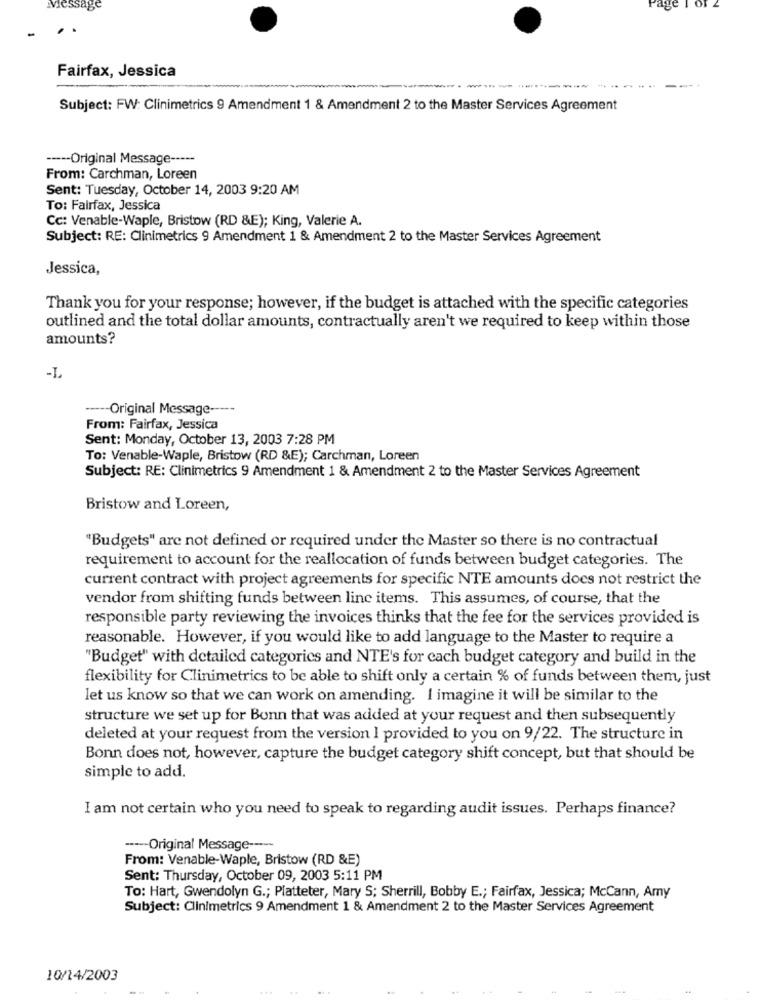
Message
Fairfax, Jessica
----
Subject: FW: Clinimetrics 9 Amendment 1 & Amendment 2 to the Master Services Agreement
----- Original Message -----
From: Carchman, Loreen
Sent: Tuesday, October 14, 2003 9:20 AM
To: Fairfax, Jessica
Cc: Venable-Waple, Bristow (RD &E); King, Valerie A.
Subject: RE: Clinimetrics 9 Amendment 1 & Amendment 2 to the Master Services Agreement
Jessica,
Thank you for your response; however, if the budget is attached with the specific categories
outlined and the total dollar amounts, contractually aren't we required to keep within those
amounts?
-L
----- Original Message -----
From: Fairfax, Jessica
Sent: Monday, October 13, 2003 7:28 PM
To: Venable-Waple, Bristow (RD &E); Carchman, Loreen
Subject: RE: Clinimetrics 9 Amendment 1 & Amendment 2 to the Master Services Agreement
Bristow and Loreen,
"Budgets" are not defined or required under the Master so there is no contractual
requirement to account for the reallocation of funds between budget categories. The
current contract with project agreements for specific NTE amounts does not restrict the
vendor from shifting funds between line items. This assumes, of course, that the
responsible party reviewing the invoices thinks that the fee for the services provided is
reasonable. However, if you would like to add language to the Master to require a
'Budget" with detailed categories and NTE's for each budget category and build in the
flexibility for Clinimetrics to be able to shift only a certain % of funds between them, just
let us know so that we can work on amending. I imagine it will be similar to the
structure we set up for Bonn that was added at your request and then subsequently
deleted at your request from the version I provided to you on 9/22. The structure in
Bonn does not, however, capture the budget category shift concept, but that should be
simple to add.
I am not certain who you need to speak to regarding audit issues. Perhaps finance?
---- Original Message -----
From: Venable-Waple, Bristow (RD &E)
Sent: Thursday, October 09, 2003 5:11 PM
To: Hart, Gwendolyn G .; Platteter, Mary S; Sherrill, Bobby E .; Fairfax, Jessica; McCann, Amy
Subject: Clinimetrics 9 Amendment 1 & Amendment 2 to the Master Services Agreement
10/14/2003